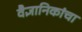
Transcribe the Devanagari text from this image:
वैज्ञानिकांचा